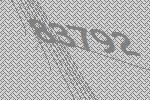
83792